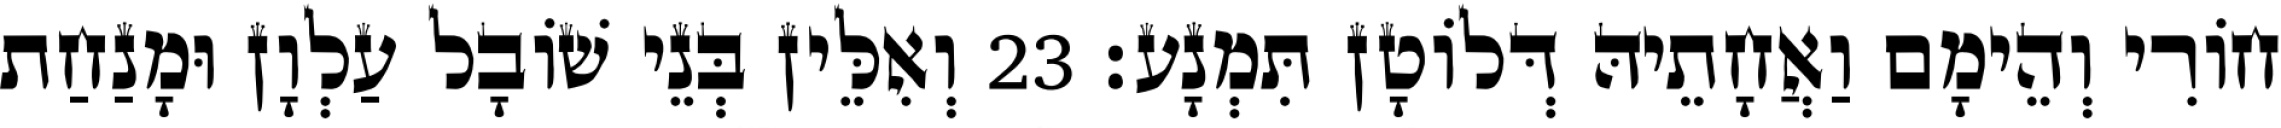
חוֹרִי וְהֵימָם וַאֲחָתֵיהּ דְּלוֹטָן תִּמְנָע׃ 23 וְאִלֵּין בְּנֵי שׁוֹבָל עַלְוָן וּמָנַחַת